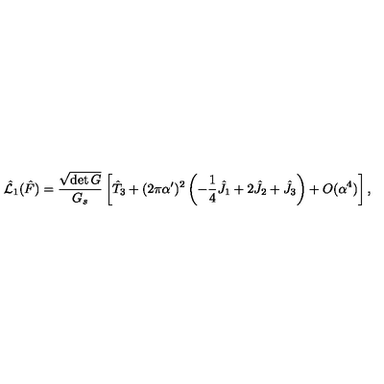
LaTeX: \hat { { \cal L } } _ { 1 } ( \hat { F } ) = \frac { \sqrt { \det G } } { G _ { s } } \left[ \hat { T } _ { 3 } + ( 2 \pi \alpha ^ { \prime } ) ^ { 2 } \left( - \frac { 1 } { 4 } \hat { J } _ { 1 } + 2 \hat { J } _ { 2 } + \hat { J } _ { 3 } \right) + O ( \alpha ^ { 4 } ) \right] ,